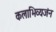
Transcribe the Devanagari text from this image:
कलाभिव्यजंन